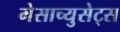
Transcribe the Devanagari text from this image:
मेसाच्युसेट्स